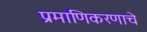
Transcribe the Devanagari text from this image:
प्रमाणिकरणाचे